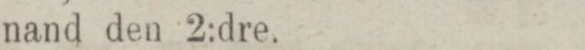
nand den 2:dre.